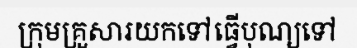
ក្រុមគ្រួសារយកទៅធ្វើបុណ្យទៅ